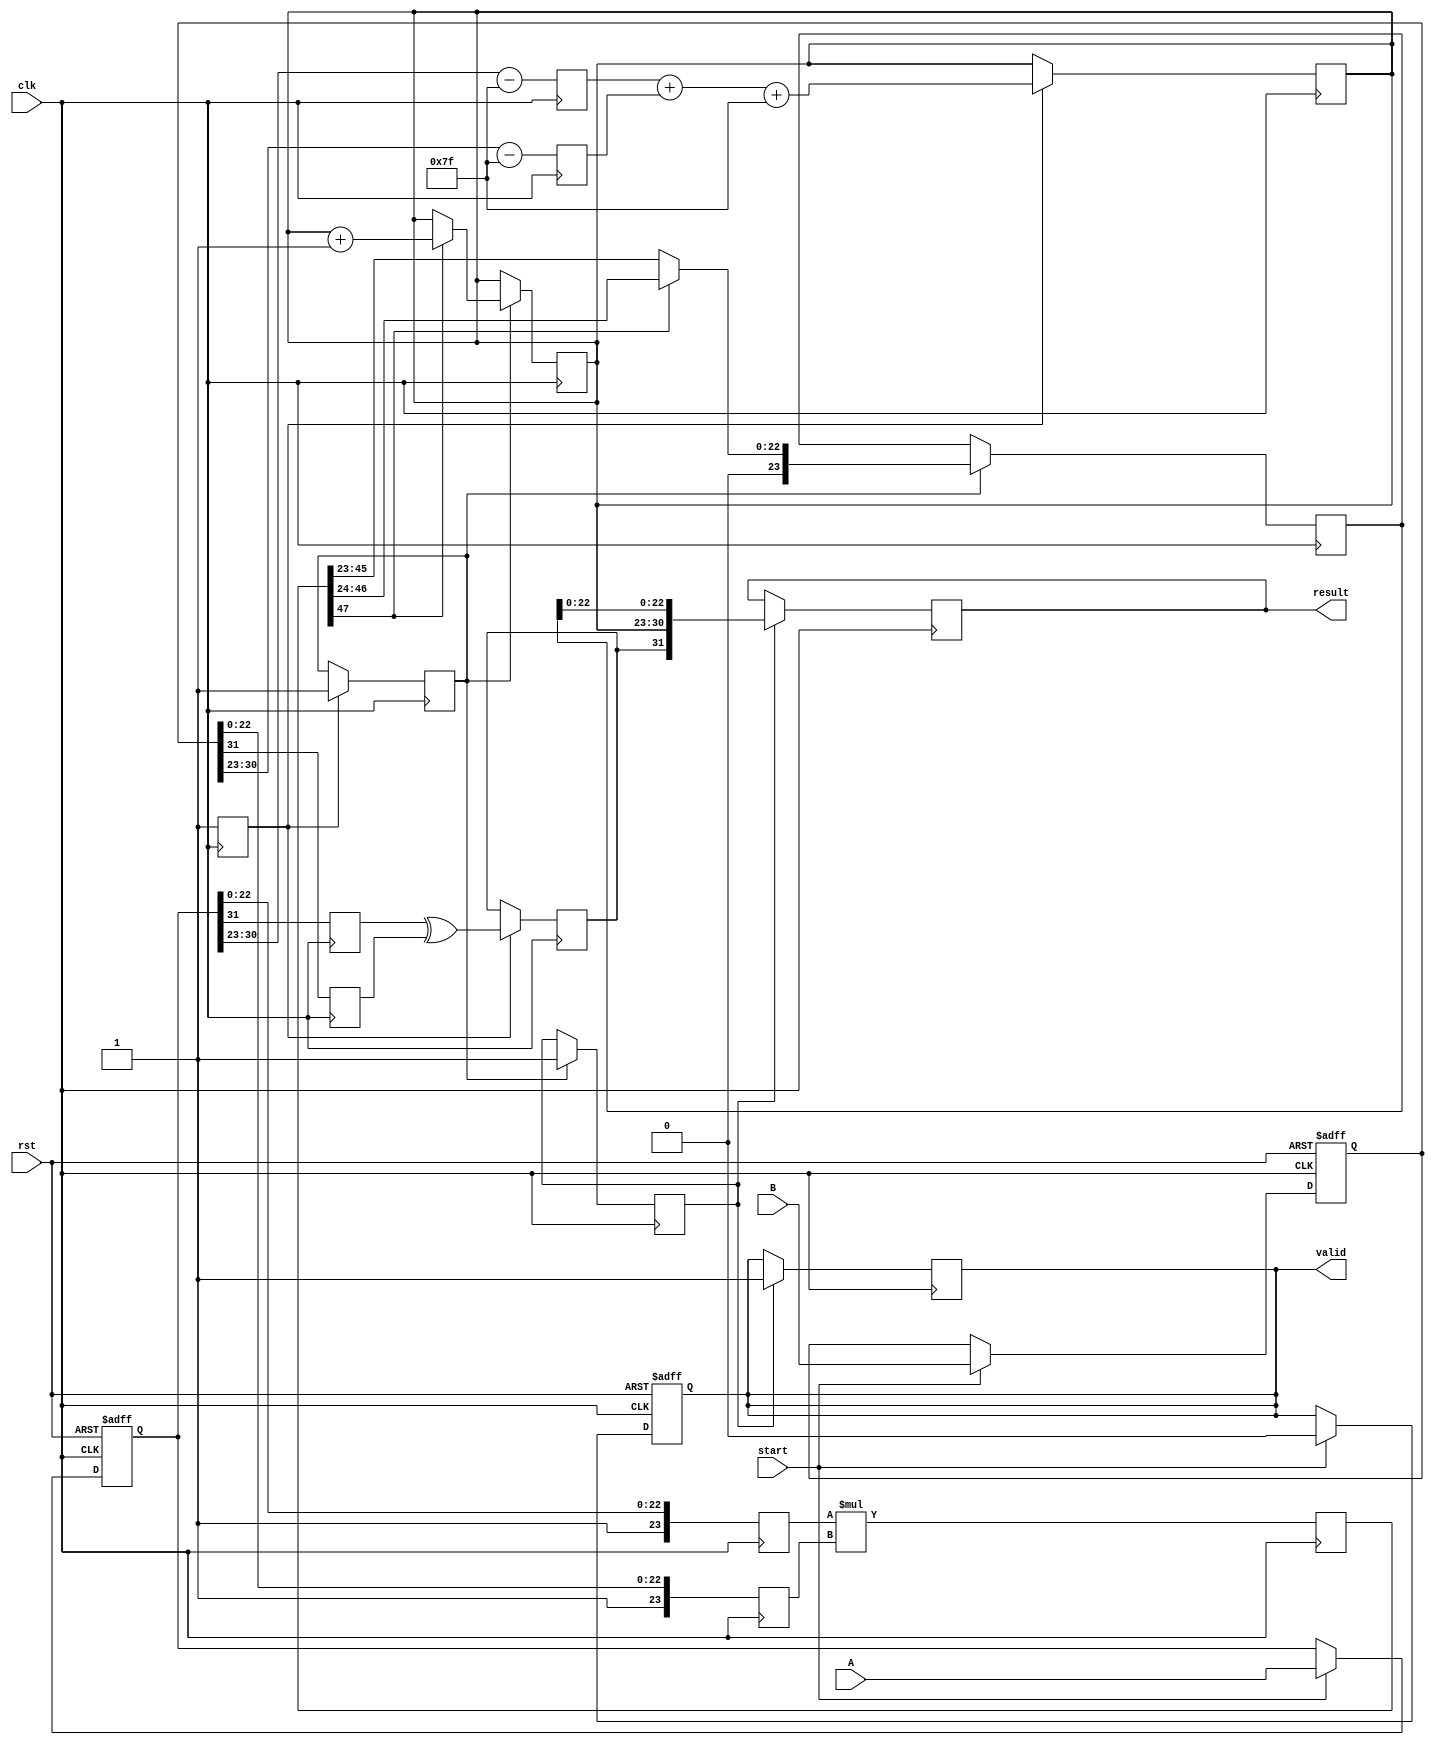
module floating_point_multiplier (
    input clk,
    input rst,
    input [31:0] A, // 32-bit IEEE 754 floating-point number
    input [31:0] B, // 32-bit IEEE 754 floating-point number
    input start,
    output reg [31:0] result, // 32-bit output
    output reg valid // Signal to indicate the output is valid
);

    // Internal signals
    reg [31:0] A_reg, B_reg;
    reg [7:0] exp_A, exp_B, exp_result;
    reg [23:0] mant_A, mant_B, mant_result;
    reg sign_A, sign_B, sign_result;
    reg [47:0] mant_product; // Intermediate product of mantissas
    reg [4:0] shift_count; // For normalization
    reg [23:0] normalized_mant; // Normalized mantissa
    reg [7:0] adjusted_exp; // Adjusted exponent after multiplication
    reg normalize_done, multiply_done, round_done;

    // Input Stage
    always @(posedge clk or posedge rst) begin
        if (rst) begin
            A_reg <= 32'b0;
            B_reg <= 32'b0;
            valid <= 1'b0;
        end else if (start) begin
            A_reg <= A;
            B_reg <= B;
            valid <= 1'b0; // Reset valid signal
        end
    end

    // Normalization Stage
    always @(posedge clk) begin
        sign_A <= A_reg[31];
        sign_B <= B_reg[31];
        exp_A <= A_reg[30:23] - 8'd127; // Remove bias
        exp_B <= B_reg[30:23] - 8'd127; // Remove bias
        mant_A <= {1'b1, A_reg[22:0]}; // Implicit leading 1
        mant_B <= {1'b1, B_reg[22:0]}; // Implicit leading 1

        // Perform multiplication of mantissas
        mant_product <= mant_A * mant_B;
        multiply_done <= 1'b1; // Indicate multiplication is done
    end

    // Exponent Calculation Stage
    always @(posedge clk) begin
        if (multiply_done) begin
            exp_result <= exp_A + exp_B + 8'd127; // Add exponents and adjust bias
            sign_result <= sign_A ^ sign_B; // Determine the sign of the result
            normalize_done <= 1'b1; // Indicate normalization is done
        end
    end

    // Normalization of Result
    always @(posedge clk) begin
        if (normalize_done) begin
            // Normalization logic (shifting)
            if (mant_product[47]) begin
                normalized_mant <= mant_product[46:24]; // Shift right
                exp_result <= exp_result + 1; // Adjust exponent
            end else begin
                normalized_mant <= mant_product[45:23]; // Keep as is
            end
            round_done <= 1'b1; // Indicate rounding is done
        end
    end

    // Rounding Stage
    always @(posedge clk) begin
        if (round_done) begin
            // Rounding logic can be implemented here
            // For simplicity, we will just truncate
            result <= {sign_result, exp_result[7:0], normalized_mant[22:0]};
            valid <= 1'b1; // Indicate result is valid
        end
    end

endmodule